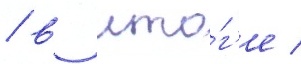
/ в ито́г'е /